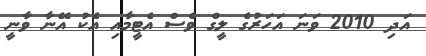
އަދި 2010 ވަނަ އަހަރުގެ ލީގް ވެސް އެޓީމާއި އެކު އޭނާ ވާނީ